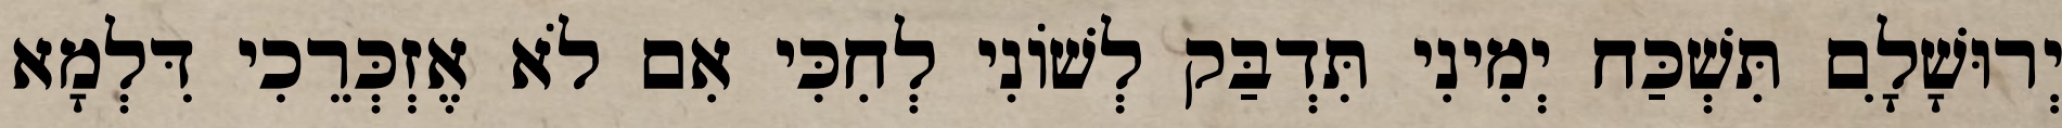
יְרוּשָׁלִָם תִּשְׁכַּח יְמִינִי תִּדְבַּק לְשׁוֹנִי לְחִכִּי אִם לֹא אֶזְכְּרֵכִי דִּלְמָא